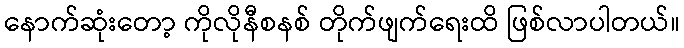
နောက်ဆုံးတော့ ကိုလိုနီစနစ် တိုက်ဖျက်ရေးထိ ဖြစ်လာပါတယ်။